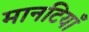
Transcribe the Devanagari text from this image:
मानटियाँ